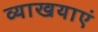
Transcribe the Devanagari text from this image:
व्याखयाएं